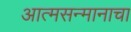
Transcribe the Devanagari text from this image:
आत्मसन्मानाचा